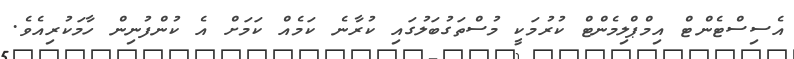
އެސިސްޓެންޓް އިމްޕްލިމެންޓް ކުރުމަކީ މުސްތަގުބަލުގައި ކުރާނެ ކަމެއް ކަމަށް އެ ކުންފުނިން ހާމަކުރިއެވެ.